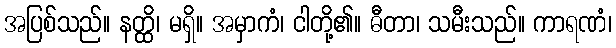
အပြစ်သည်။ နတ္ထိ၊ မရှိ။ အမှာကံ၊ ငါတို့၏။ ဓီတာ၊ သမီးသည်။ ကာရဏံ၊